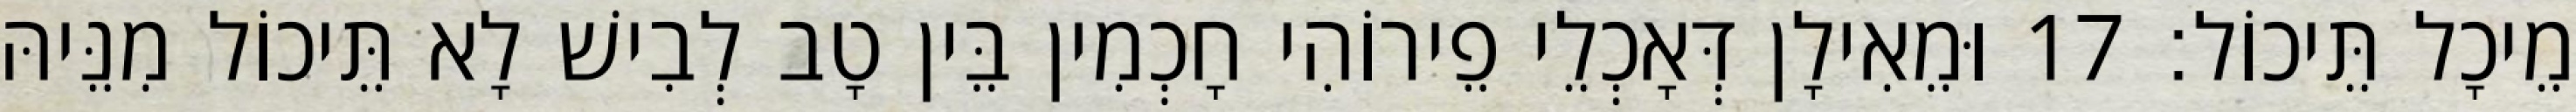
מֵיכָל תֵּיכוֹל׃ 17 וּמֵאִילָן דְּאָכְלֵי פֵירוֹהִי חָכְמִין בֵּין טָב לְבִישׁ לָא תֵּיכוֹל מִנֵּיהּ